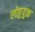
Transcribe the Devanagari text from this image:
लोहुयुक्त